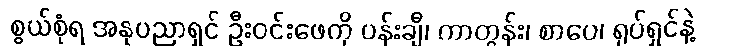
စွယ်စုံရ အနုပညာရှင် ဦးဝင်းဖေကို ပန်းချီ၊ ကာတွန်း၊ စာပေ၊ ရုပ်ရှင်နဲ့